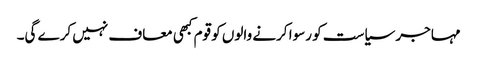
مہاجر سیاست کو رسوا کرنے والوں کو قوم کبھی معاف نہیں کرے گی۔